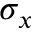
\sigma _ { x }